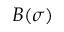
B ( \sigma )